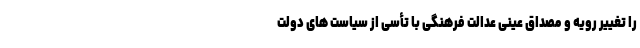
را تغییر رویه و مصداق عینی عدالت فرهنگی با تأسی از سیاست های دولت